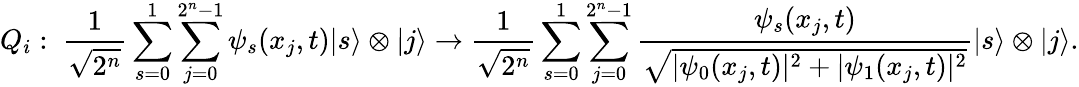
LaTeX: Q_{i}:~\frac{1}{\sqrt{2^{n}}}\sum_{s=0}^{1}\sum_{j=0}^{2^{n}-1}\psi_{s}(x_{j},t)|s\rangle\otimes|j\rangle\to\frac{1}{\sqrt{2^{n}}}\sum_{s=0}^{1}\sum_{j=0}^{2^{n}-1}\frac{\psi_{s}(x_{j},t)}{\sqrt{|\psi_{0}(x_{j},t)|^{2}+|\psi_{1}(x_{j},t)|^{2}}}|s\rangle\otimes|j\rangle.